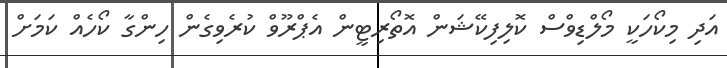
އަދި މިކޯހަކީ މޯލްޑިވްސް ކޮލިފިކޭޝަން އޮތޯރިޓީން އެޕްރޫވް ކުރެވިގެން ހިންގާ ކޯހެއް ކަމަށް